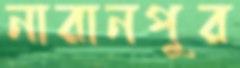
নারানপুর